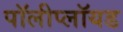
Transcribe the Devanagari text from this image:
पॉलीप्लॉयड